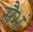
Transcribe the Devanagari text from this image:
सैभं